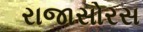
રાજાસોરસ